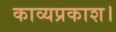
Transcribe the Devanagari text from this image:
काव्यप्रकाश।